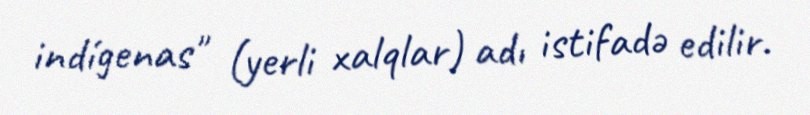
indígenas" (yerli xalqlar) adı istifadə edilir.